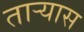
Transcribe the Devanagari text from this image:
ताऱ्यास